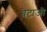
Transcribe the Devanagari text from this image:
बेटाजी